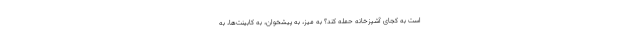
است به کجای آشپزخانه حمله کند؟ به میز، به پیشخوان، به کابینت‌ها، به